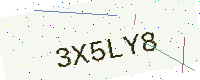
Text: 3X5LY8